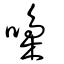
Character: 嘄